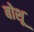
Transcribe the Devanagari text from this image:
बोशू